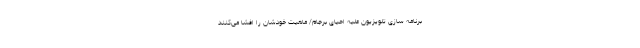
برنامه سازی تلویزیون علیه احیای برجام/ ماهیت خودشان را افشا می‌کنند